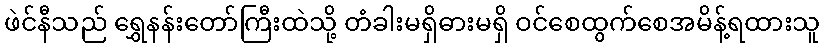
ဖဲင်နီသည် ရွှေနန်းတော်ကြီးထဲသို့ တံခါးမရှိဓားမရှိ ဝင်စေထွက်စေအမိန့်ရထားသူ